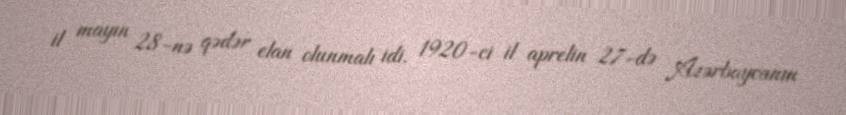
il mayın 28-nə qədər elan olunmalı idi. 1920-ci il aprelin 27-də Azərbaycanın